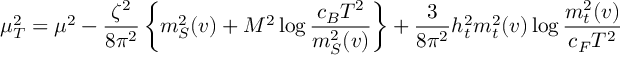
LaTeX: \mu _ { T } ^ { 2 } = \mu ^ { 2 } - \frac { \zeta ^ { 2 } } { 8 \pi ^ { 2 } } \left\{ m _ { S } ^ { 2 } ( v ) + M ^ { 2 } \log \frac { c _ { B } T ^ { 2 } } { m _ { S } ^ { 2 } ( v ) } \right\} + \frac { 3 } { 8 \pi ^ { 2 } } h _ { t } ^ { 2 } m _ { t } ^ { 2 } ( v ) \log \frac { m _ { t } ^ { 2 } ( v ) } { c _ { F } T ^ { 2 } }